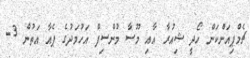
ޗެމްޕިއަންކަން ހޯދީ ޝިއުރާ އާއި މޫސާ މުންސިފް އަހުމަދުގެ ޕެއާ އަތުން 3-